Punjab Mental Hospital Lahore 1922-31 - 1922-1931
Year: 1922
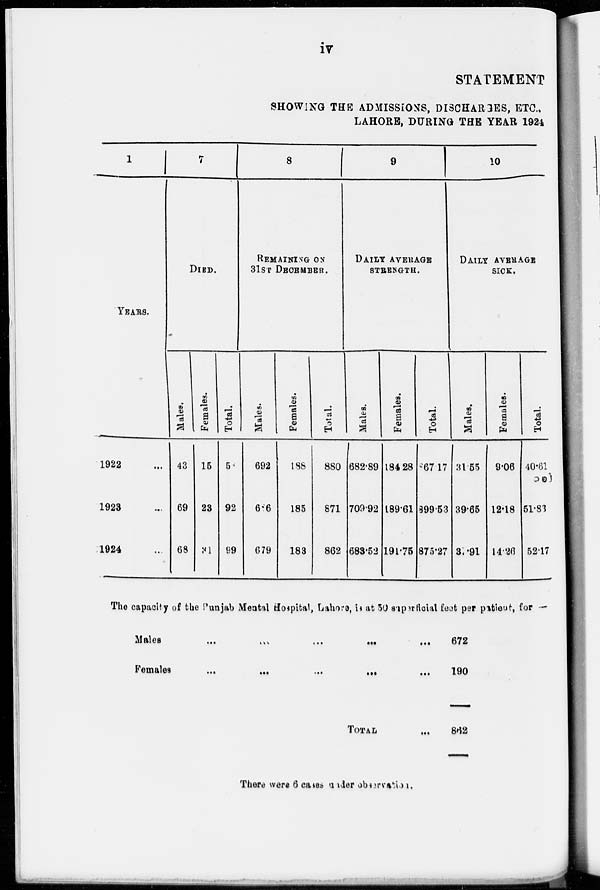
iv
STATEMENT
SHOWING THE ADMISSIONS, DISCHARGES, ETC.,
LAHORE, DURING THE YEAR 1924
1
YEARS.
1922 ...
1923 ...
1924 ...
7
DIED.
Males.
43
69
68
Females.
15
23
31
Total.
5
92
99
8
REMAINING ON
31ST DECEMBER.
Males.
692
686
679
Females.
188
185
183
Total.
880
871
862
9
DAILY AVERAGE
STRENGTH.
Males.
682.89
709.92
683.52
Females.
184.28
189.61
191.75
Total.
867.17
899.53
875.27
10
DAILY AVERAGE
SICK.
Males.
31.55
39.65
37.91
Females.
9.06
12.18
14.26
Total.
40.61
51.83
52.17
The capacity of the Punjab Mental Hospital, Lahore, is at 50 superficial feet per patient, for
Males ... ... ... ... ...
Females
...
...
...
...
...
TOTAL
...
672
190
862
There were 6 cases under observation.